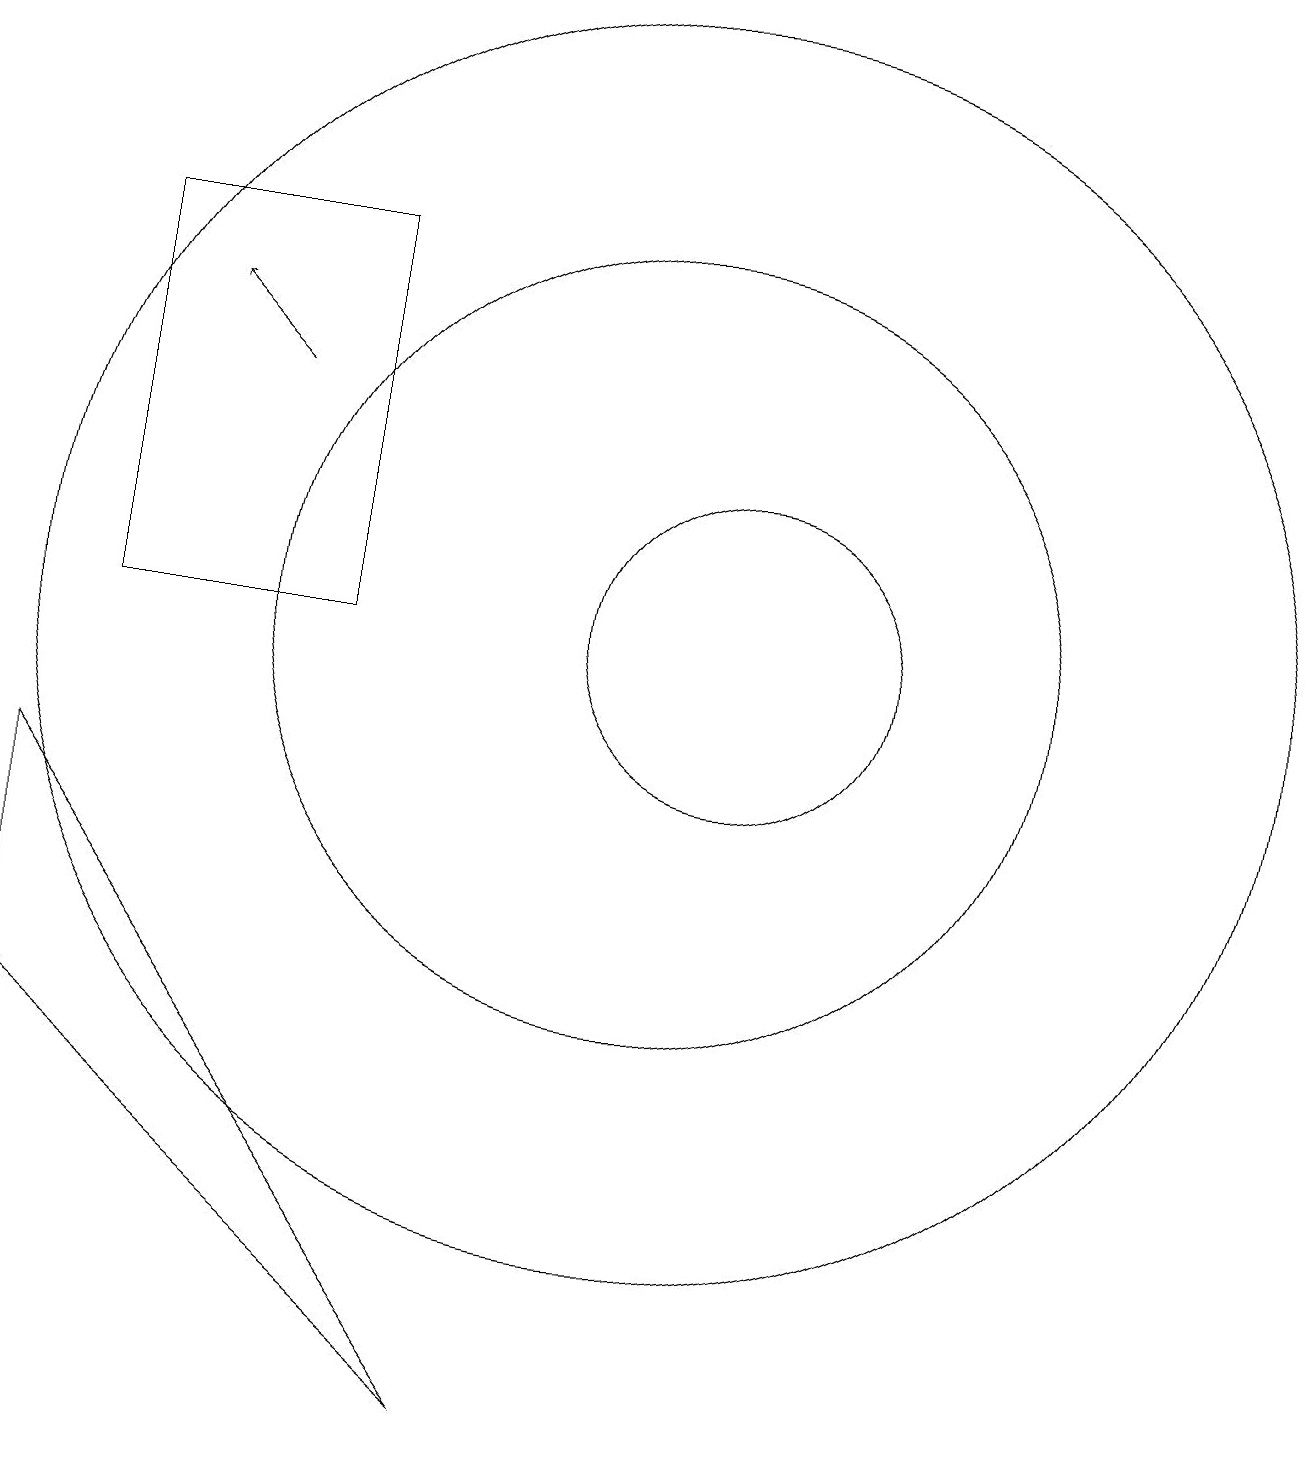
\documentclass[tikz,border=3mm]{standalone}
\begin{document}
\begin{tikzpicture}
\draw (12,10) circle (2);
\draw (4,15) rectangle (7,10);
\draw (11,10) circle (8);
\draw (11,10) circle (5);
\draw[->] (6,13) -- (5,14);
\draw (3,8) -- (3,5) -- (9,0) -- cycle;
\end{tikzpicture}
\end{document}